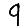
Digit: 9